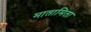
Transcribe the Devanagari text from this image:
मातामिता